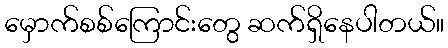
မှောက်စစ်ကြောင်းတွေ ဆက်ရှိနေပါတယ်။